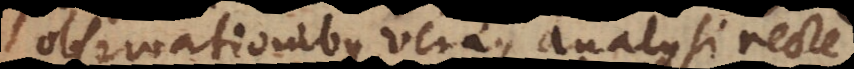
observationibus veraque analysi rect